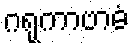
ဂရုကာဗာဓံ